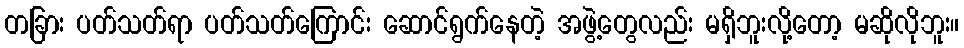
တခြား ပတ်သတ်ရာ ပတ်သတ်ကြောင်း ဆောင်ရွက်နေတဲ့ အဖွဲ့တွေလည်း မရှိဘူးလို့တော့ မဆိုလိုဘူး။